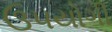
ઉ૫યોગી